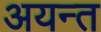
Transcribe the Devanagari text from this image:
अयन्त